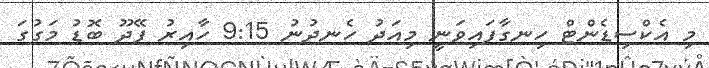
މި އެކްސިޑެންޓް ހިނގާފައިވަނީ މިއަދު ހެނދުނު 9:15 ހާއިރު ފޭދޫ ބޮޑު މަގުގަ